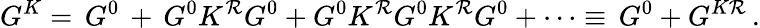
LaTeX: G^{K}=\, G^{0}\, +\, G^{0}K^{\mathcal{R}}G^{0}+G^{0}K^{\mathcal{R}}G^{0}K^{\mathcal{R}}G^{0}+\cdots\equiv\, G^{0}+G^{K\mathcal{R}}\, .